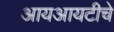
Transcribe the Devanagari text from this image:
आयआयटीचे